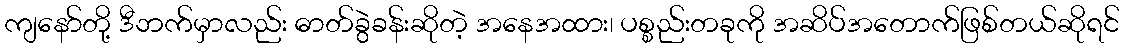
ကျနော်တို့ ဒီဘက်မှာလည်း ဓာတ်ခွဲခန်းဆိုတဲ့ အနေအထား၊ ပစ္စည်းတခုကို အဆိပ်အတောက်ဖြစ်တယ်ဆိုရင်